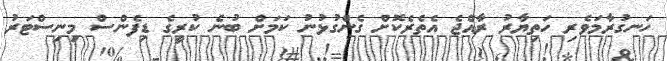
ހަނގުރާމަވެރި ހަތިޔާރު ރާއްޖެ އެތެރެކޮށް ގެންގުޅުނު ކަމަށް ބުނެ ކުރީގެ ޑިފެންސް މިނިސްޓަރު